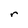
Character: r